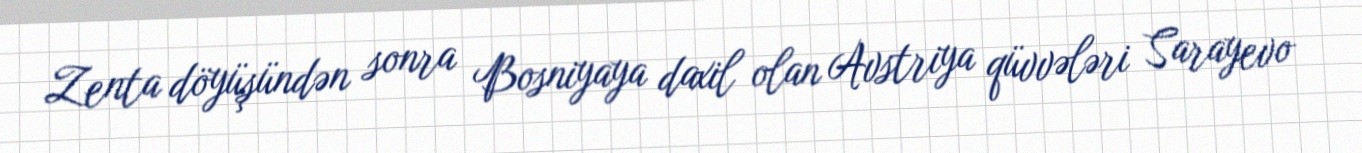
Zenta döyüşündən sonra Bosniyaya daxil olan Avstriya qüvvələri Sarayevo